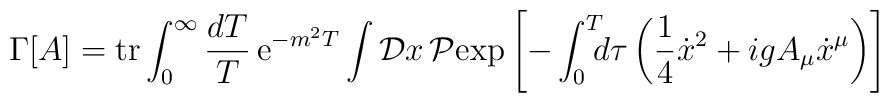
\Gamma\lbrack A\rbrack = {\rm tr}\int_0^{\infty}{dT\over T} \, {\rm e}^{-m^2T}\int {\cal D}x\, {\cal P}{\rm exp} \left[ - \int_0^T \!\!\! d\tau \left( {1\over 4}{\dot x}^2 + igA_{\mu}\dot x^{\mu} \right) \right]